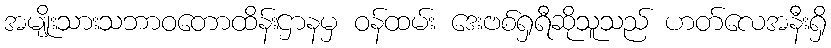
အမျိုးသားသဘာဝတောထိန်းဌာနမှ ဝန်ထမ်း ဒေးဗစ်ရှရီဆိုသူသည် ဟတ်လေအနီးရှိ